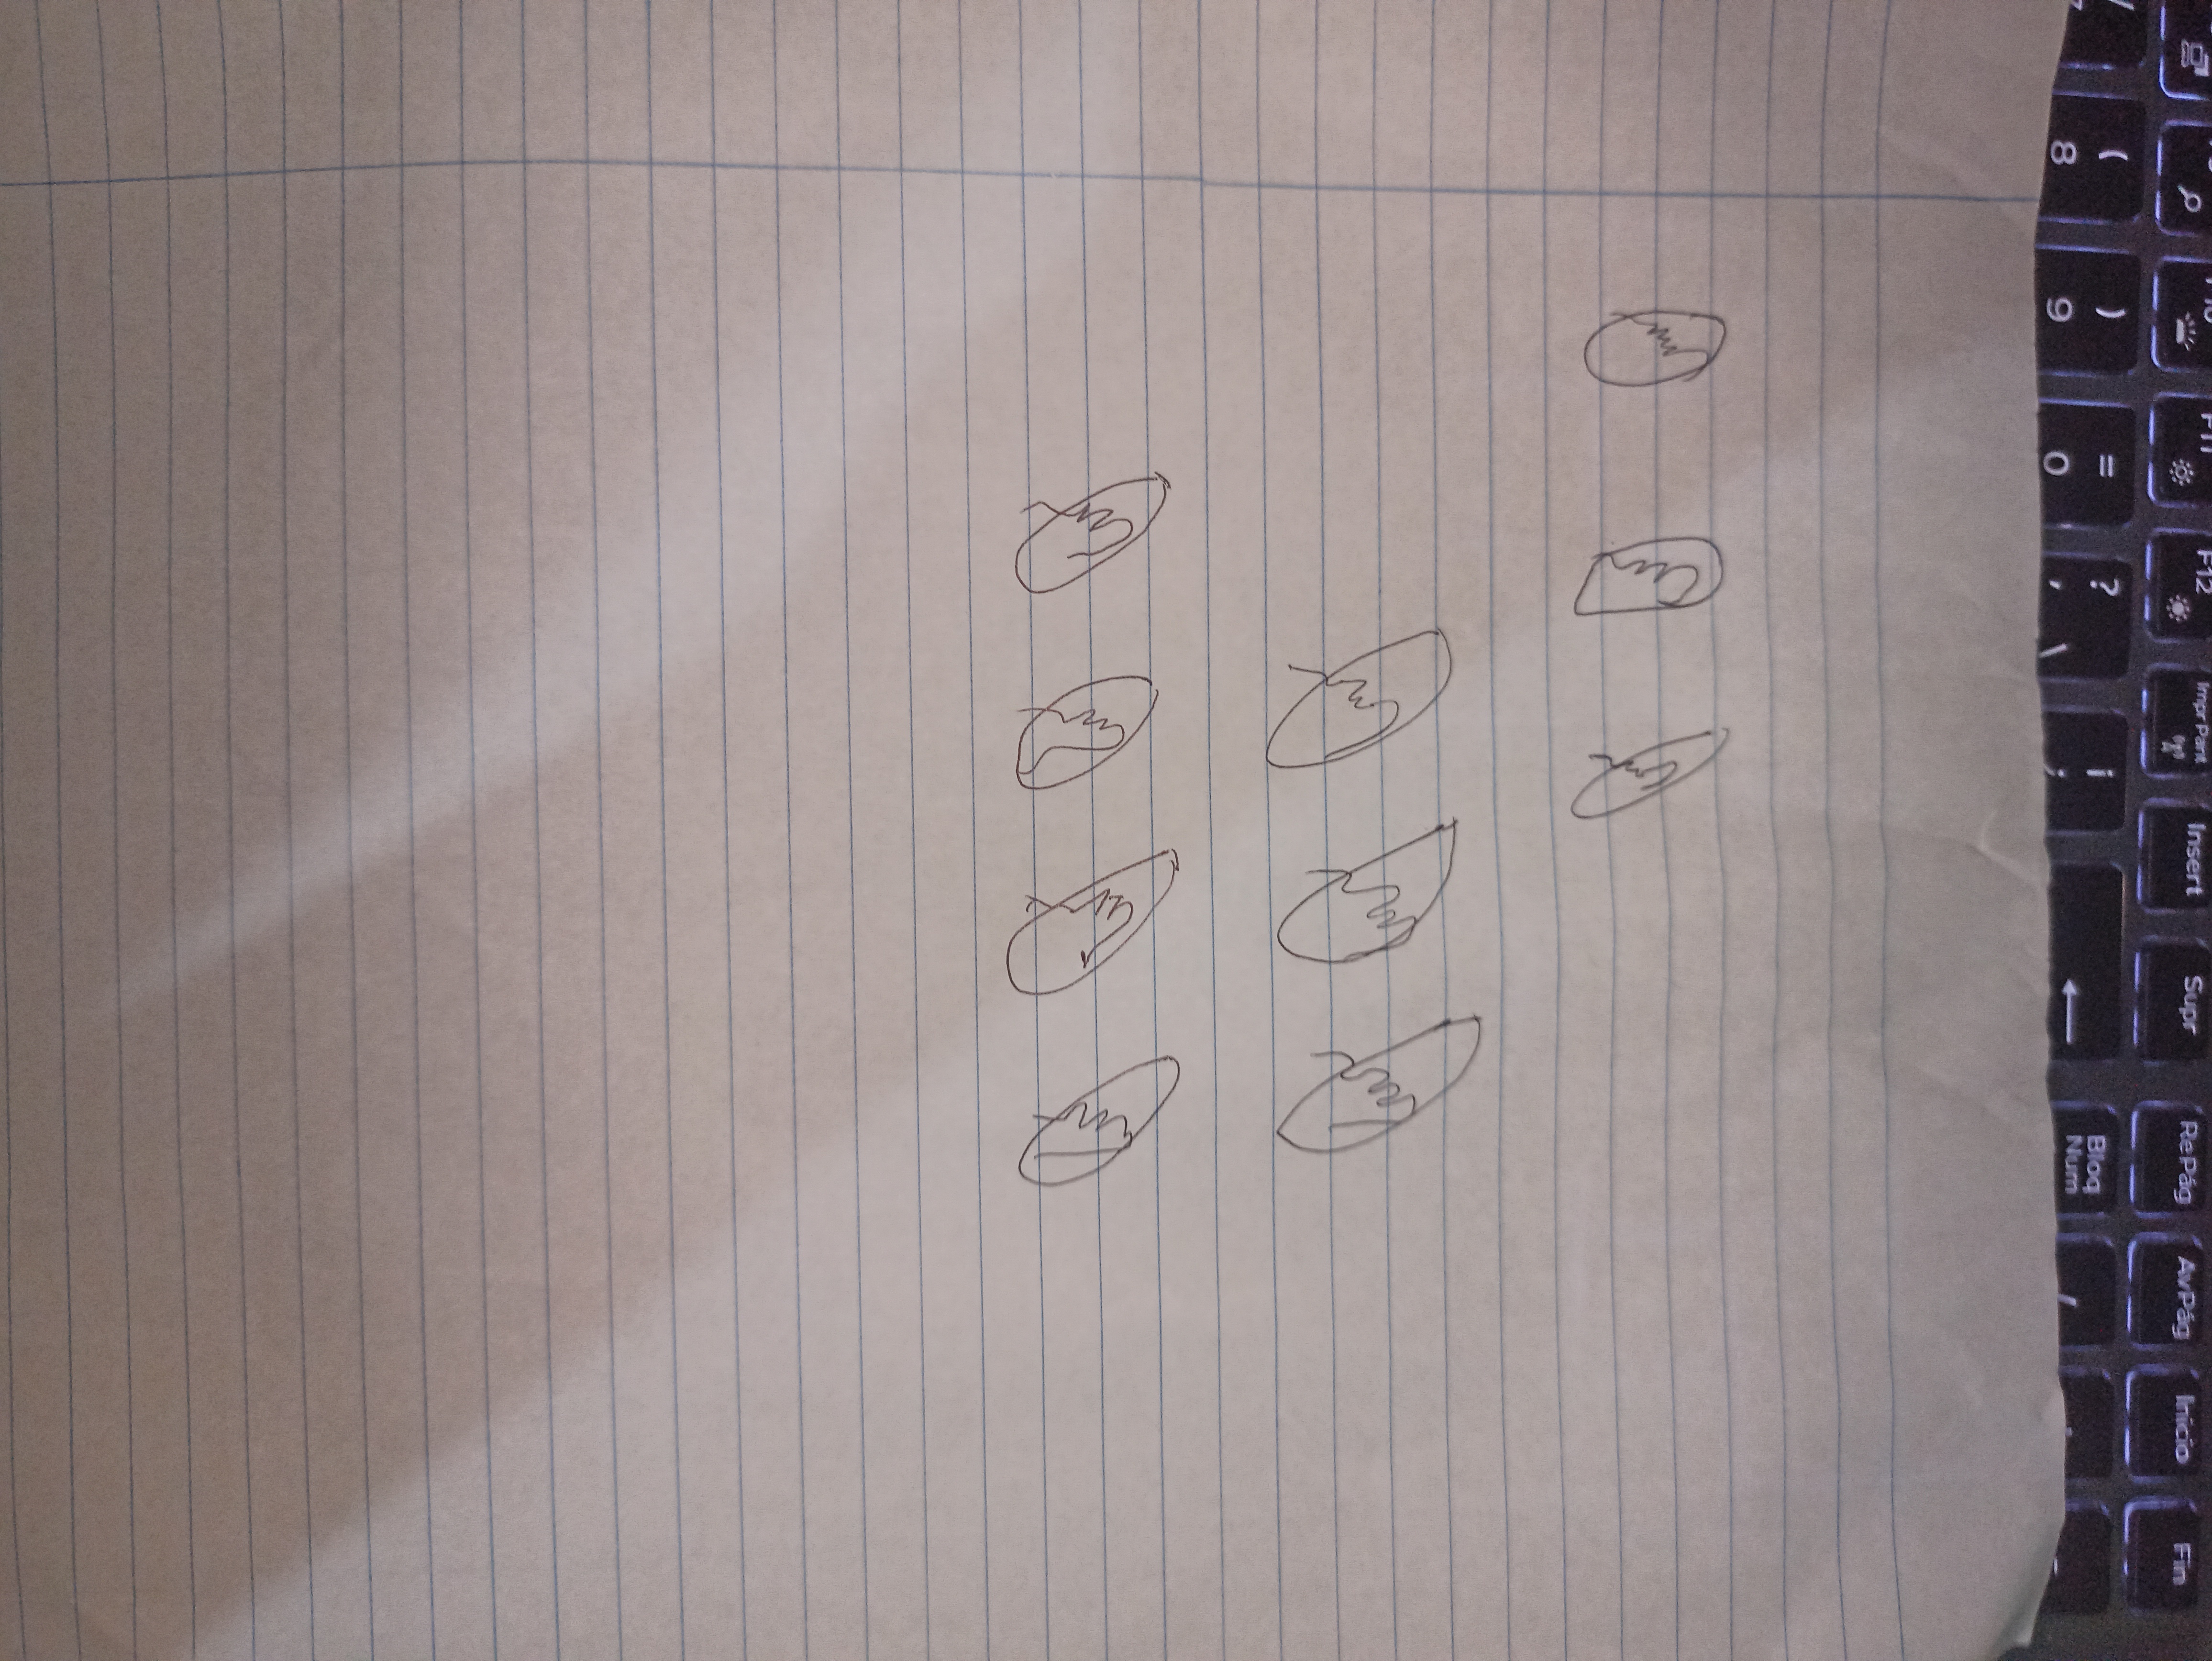
Signature authenticity: forged